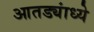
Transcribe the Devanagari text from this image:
आतड्यांध्ये